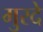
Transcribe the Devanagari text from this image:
मुरदे